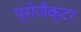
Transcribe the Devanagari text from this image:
प्रोजैक्टर